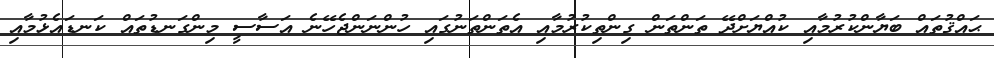
ޙައްޤުތައް ބަޔާންކުރުމާއި ކުއްޔަށްދޭ ތަންތަން ގިންތިކުރުމާއި އެތަންތަނުގައި ހުންނަންޖެހޭނެ އަސާސީ މިންގަނޑުތައް ކަނޑައެޅުމާއި